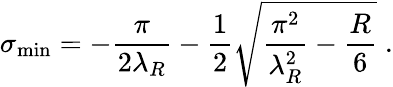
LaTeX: \sigma_{\mathrm{min}}=-\frac{\pi}{2\lambda_{R}}-\frac{1}{2}\sqrt{\frac{\pi^{2}}{\lambda_{R}^{2}}-\frac{R}{6}}\; .